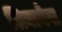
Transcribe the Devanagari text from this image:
लिबानेस